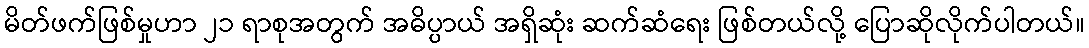
မိတ်ဖက်ဖြစ်မှုဟာ ၂၁ ရာစုအတွက် အဓိပ္ပာယ် အရှိဆုံး ဆက်ဆံရေး ဖြစ်တယ်လို့ ပြောဆိုလိုက်ပါတယ်။